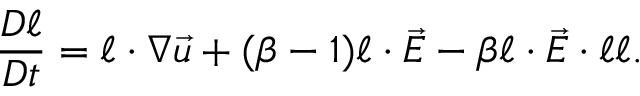
\frac { D \boldsymbol { \ell } } { D t } = \boldsymbol { \ell } \cdot \boldsymbol { \nabla } \vec { u } + ( \beta - 1 ) \boldsymbol { \ell } \cdot \vec { E } - \beta \boldsymbol { \ell } \cdot \vec { E } \cdot \boldsymbol { \ell } \boldsymbol { \ell } .